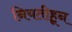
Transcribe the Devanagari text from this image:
नियतीहून